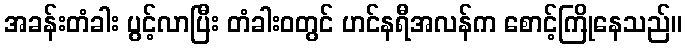
အခန်းတံခါး ပွင့်လာပြီး တံခါးဝတွင် ဟင်နရီအလန်က စောင့်ကြိုနေသည်။